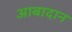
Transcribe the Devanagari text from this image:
आबादान